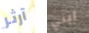
آرثر ابني